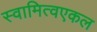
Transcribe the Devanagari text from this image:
स्वामित्वएकल